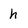
Character: h